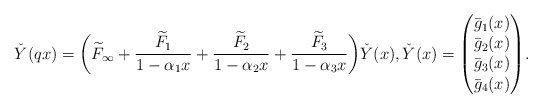
\begin{align*}& \check{Y}(qx)= \biggl(\widetilde{F}_{\infty}+ \frac{\widetilde{F}_1}{1-\alpha_1 x}+ \frac{\widetilde{F}_2}{1-\alpha_2 x}+ \frac{\widetilde{F}_3}{1-\alpha_3 x}\biggr) \check{Y}(x), \check{Y}(x) = \begin{pmatrix} \bar{g}_1(x) \\ \bar{g}_2(x) \\ \bar{g}_3(x) \\ \bar{g}_4 (x) \end{pmatrix}\! . \end{align*}